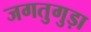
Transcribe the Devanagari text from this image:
जगतुगुड़ा